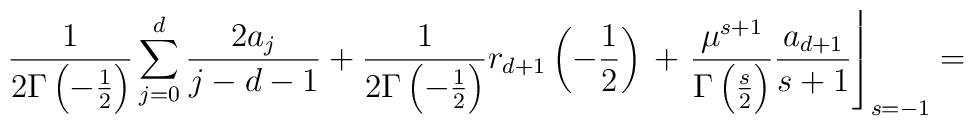
\frac 1 {2\Gamma \left(-\frac 12\right) }\sum\limits_{j=0}^{d}\frac{2a_j}{j-d-1}+\frac 1{2\Gamma \left( -\frac 12\right) }r_{d+1}\left( -\frac 12\right)\\ \\ +\left. \frac{\mu^{s+1}} {\Gamma \left( \frac s2\right) }\frac{a_{d+1}}{s+1}\right\rfloor _{s=-1}=